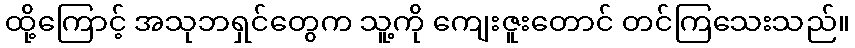
ထို့ကြောင့် အသုဘရှင်တွေက သူ့ကို ကျေးဇူးတောင် တင်ကြသေးသည်။